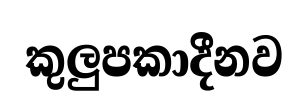
කුලුපකාදීනව